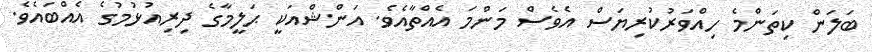
ބަލަން ކިތަންމެ ހިއްވަރުކުރިޔަސް އެވެސް މަންމަ އެއްތާއެވެ. އަންޝްއަކީ ޙަލީމާގެ ދިރިއުޅުމުގެ އެއްބައެވެ.